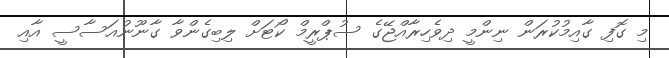
މި ގޮފި ގާއިމުކުރަން ނިންމީ ދިވެހިރާއްޖޭގެ ސުޕްރީމް ކޯޓަށް ލިބިގެންވާ ގާނޫނުއަސާސީ އާއި